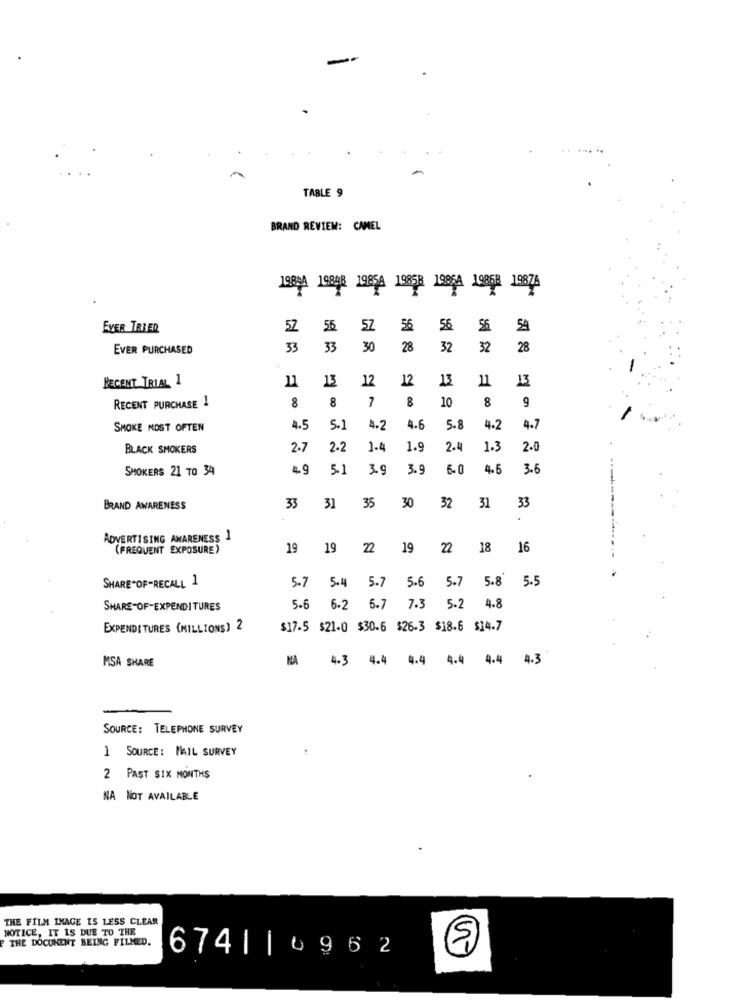
TABLE 9
BRAND REVIEW: CAMEL
19844 19848 19854 19858 19864 1986 19874
EVER TRIED
52 56 5Z
56
56
56
54
EVER PURCHASED
33
33
30
28
32
32
28
RECENT TRIAL 1
13
12
12
13
11
13
8
7
8
8
RECENT PURCHASE 1
8
10
9
SMOKE MOST OFTEN
4.5
5.1
4.2
4.6
5.8
4.2
4.7
BLACK SMOKERS
2.7
2.2
1.4
1.9
2.4
1.3
2.0
SMOKERS 21 TO 34
4 9
5-1
3.9
3.9
6-0
4.6
3.6
BRAND AWARENESS
33
31
35
30
32
31
33
ADVERTISING AWARENESS
1
(FREQUENT EXPOSURE)
19
19
19
22 18
16
SHARE-OF-RECALL 1
5.7
5.6
5.7 5.8 5.5
5.4
5.7
SHARE-OF-EXPENDITURES
5-6
6-2
6.7
7.3 5.2
4.8
EXPENDITURES (MILLIONS) 2
$17-5 $21-0 $30-6 $26-3 $18.6 $14.7
MSA SHARE
NA
4.3
4.4 4.4 4.4 4.4 4.3
SOURCE: TELEPHONE SURVEY
1 SOURCE: MAIL SURVEY
2 PAST SIX MONTHS
NA NOT AVAILABLE
THE FILM IMAGE IS LESS CLEAR
NOTICE, IT IS DUE TO THE
THE DOCUMENT BEING FILMED.
674||0962